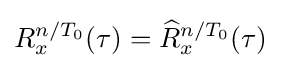
R_{x}^{n/T_{0}}(\tau )={\widehat {R}}_{x}^{n/T_{0}}(\tau )